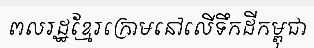
ពលរដ្ឋខ្មែរក្រោមនៅលើទឹកដីកម្ពុជា